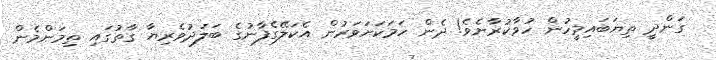
ގަންދީ ތިޔަބައިމީހުން ހުވާކުރާށެވެ! ދެން ހަމަކަށަވަރުން އެކަލޭގެފާނުގެ ބަލަދުވެރިޔާ ގާތުގައި ތިމަންމެން